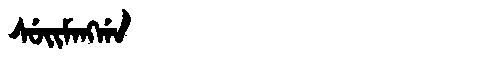
Manchu: ᠰᡠᡳᠮᠠᠩᡤᠠ
Romanization: SUIMANGGA